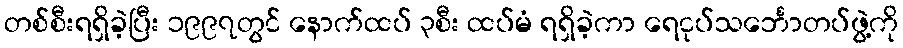
တစ်စီးရရှိခဲ့ပြီး ၁၉၉၇တွင် နောက်ထပ် ၃စီး ထပ်မံ ရရှိခဲ့ကာ ရေငုပ်သင်္ဘောတပ်ဖွဲ့ကို